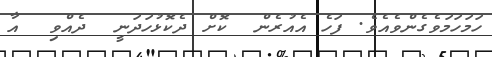
ހަމަހަމަވެގެންވެއެވެ. ފަހެ އެއުރެން  ކޮށް ދެކޮޅުހަދަނީ  ދެއްވި  އާ